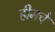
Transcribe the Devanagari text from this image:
हीमचे